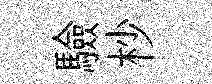
驗杪